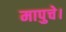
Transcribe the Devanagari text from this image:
मापुचे।